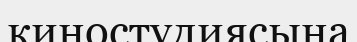
киностудиясына